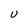
Character: U